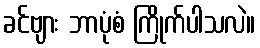
ခင်ဗျား ဘာပုံစံ ကြိုက်ပါသလဲ။